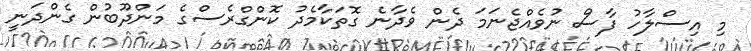
މި އިސްލާހު ފާސް ނުވެއްޖެނަމަ ދެން ވެދާނެ ގޮތަކާމެދު ކޮންގްރެސްގެ މަންދޫބުން ގެންދަނީ